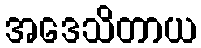
အဒေသိတာယ